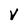
Character: V